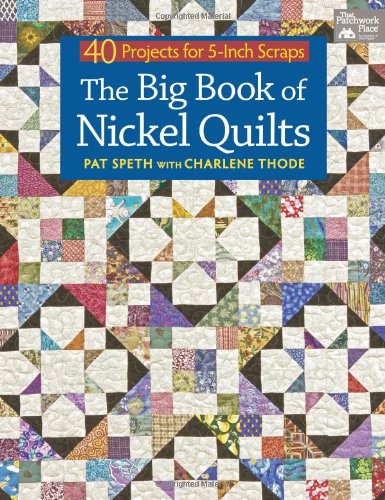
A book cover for The Big Book of Nickel Quilts: 40 Projects for 5-Inch Scraps; Pat Speth; Crafts, Hobbies & Home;